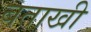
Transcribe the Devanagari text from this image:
बताखी